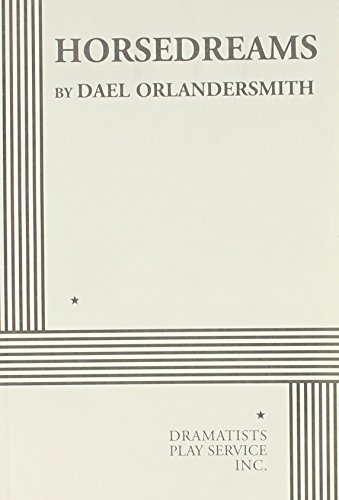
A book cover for Horsedreams; Dael Orlandersmith; Literature & Fiction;